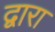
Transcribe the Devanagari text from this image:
द्वारा